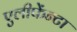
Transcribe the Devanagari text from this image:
एलीफेंन्टा